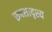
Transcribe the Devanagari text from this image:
रूपसादृश्य